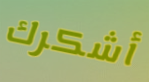
أشكرك